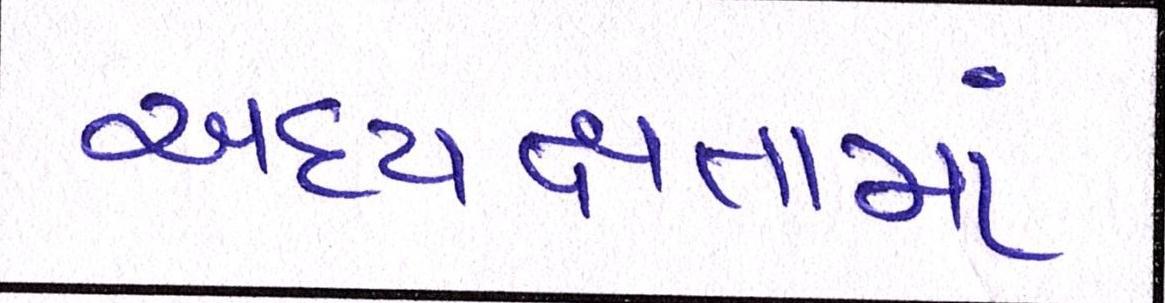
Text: અધ્યક્ષતામાં